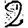
Digit: 2